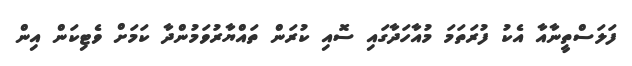
ފަލަސްތީނާއާ އެކު ފުރަތަމަ މުއާހަދާގައި ސޮއި ކުރަން ތައްޔާރުވަމުންދާ ކަމަށް ވެޓިކަން އިން